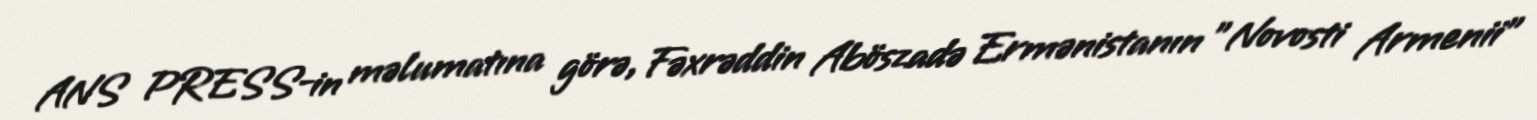
ANS PRESS-in məlumatına görə, Fəxrəddin Aböszadə Ermənistanın "Novosti Armenii"